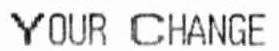
YOUR CHANGE